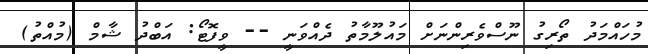
މުހައްމަދު ތޯރިގު ނޫސްވެރިންނަށް މައުލޫމާތު ދެއްވަނީ -- ވީފޮޓޯ: އަބްދު ޝާމް (މުއްތު)